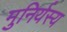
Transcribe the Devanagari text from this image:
मुनिर्यस्य